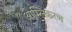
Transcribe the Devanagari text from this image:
आम्लिकरण